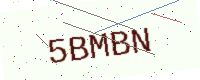
Text: 5BMBN